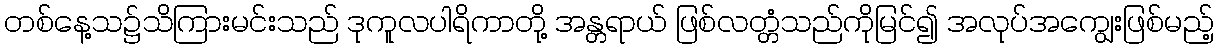
တစ်နေ့သ၌သိကြားမင်းသည် ဒုကူလပါရိကာတို့ အန္တရာယ် ဖြစ်လတ္တံသည်ကိုမြင်၍ အလုပ်အကျွေးဖြစ်မည့်